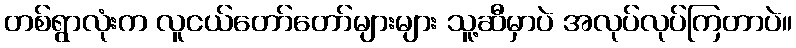
တစ်ရွာလုံးက လူငယ်တော်တော်များများ သူ့ဆီမှာပဲ အလုပ်လုပ်ကြတာပဲ။